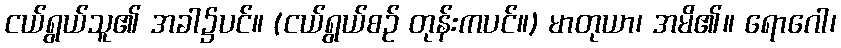
ငယ်ရွယ်သူ၏ အခါ၌ပင်။ (ငယ်ရွယ်စဉ် တုန်းကပင်။) မာတုယာ၊ အမိ၏။ ရောဂေါ၊